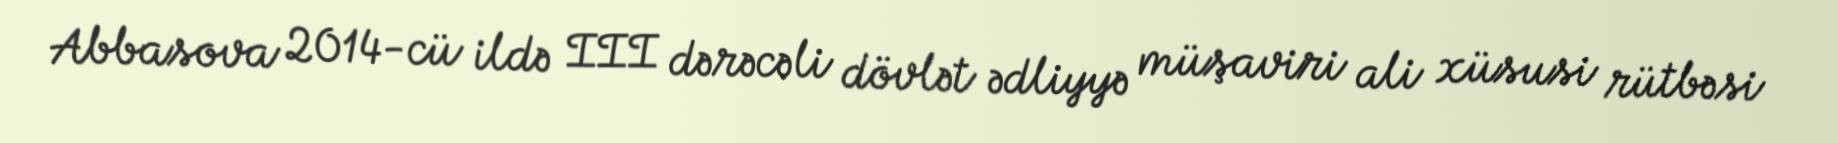
Abbasova 2014-cü ildə III dərəcəli dövlət ədliyyə müşaviri ali xüsusi rütbəsi